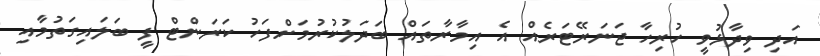
އަދި ވިދާޅުވީ ހުރިހާ ޖަނަރޭޓަރެއް އެ އިމާރާތައް ބަދަލުކުރުމަށްފަހު ކަރަންޓް ފީ ބަލައިގަތުމާއި